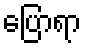
ပြောရာ